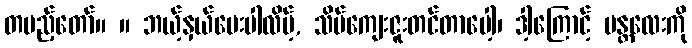
တပည့်တော်။ ။ ဘယ့်နှယ်မေးပါလိမ့်, သိပ်ကျေးဇူးတင်တာပေါ့၊ ဒါ့ကြောင့် မန္တလေးကို